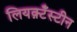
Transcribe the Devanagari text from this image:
लियक़्टँस्टीन